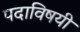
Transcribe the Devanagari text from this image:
पदाविषयी